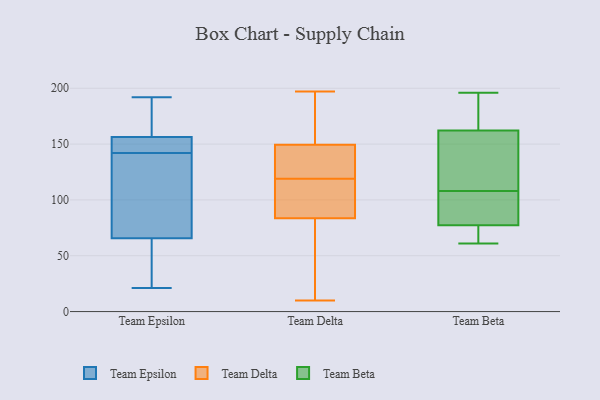
{"axis": {"x": "Satisfaction Score", "y": "Value"}, "legend": ["Team Beta", "Team Delta", "Team Epsilon"], "data": [{"x": "", "y": 191, "type": "Team Epsilon"}, {"x": "", "y": 150, "type": "Team Epsilon"}, {"x": "", "y": 175, "type": "Team Epsilon"}, {"x": "", "y": 154, "type": "Team Epsilon"}, {"x": "", "y": 142, "type": "Team Epsilon"}, {"x": "", "y": 62, "type": "Team Epsilon"}, {"x": "", "y": 142, "type": "Team Epsilon"}, {"x": "", "y": 157, "type": "Team Epsilon"}, {"x": "", "y": 60, "type": "Team Epsilon"}, {"x": "", "y": 21, "type": "Team Epsilon"}, {"x": "", "y": 77, "type": "Team Epsilon"}, {"x": "", "y": 89, "type": "Team Epsilon"}, {"x": "", "y": 139, "type": "Team Epsilon"}, {"x": "", "y": 21, "type": "Team Epsilon"}, {"x": "", "y": 192, "type": "Team Epsilon"}, {"x": "", "y": 20, "type": "Team Delta"}, {"x": "", "y": 10, "type": "Team Delta"}, {"x": "", "y": 188, "type": "Team Delta"}, {"x": "", "y": 113, "type": "Team Delta"}, {"x": "", "y": 119, "type": "Team Delta"}, {"x": "", "y": 197, "type": "Team Delta"}, {"x": "", "y": 125, "type": "Team Delta"}, {"x": "", "y": 113, "type": "Team Delta"}, {"x": "", "y": 146, "type": "Team Delta"}, {"x": "", "y": 119, "type": "Team Delta"}, {"x": "", "y": 80, "type": "Team Delta"}, {"x": "", "y": 168, "type": "Team Delta"}, {"x": "", "y": 164, "type": "Team Delta"}, {"x": "", "y": 151, "type": "Team Delta"}, {"x": "", "y": 87, "type": "Team Delta"}, {"x": "", "y": 17, "type": "Team Delta"}, {"x": "", "y": 99, "type": "Team Delta"}, {"x": "", "y": 44, "type": "Team Delta"}, {"x": "", "y": 148, "type": "Team Delta"}, {"x": "", "y": 145, "type": "Team Delta"}, {"x": "", "y": 154, "type": "Team Beta"}, {"x": "", "y": 108, "type": "Team Beta"}, {"x": "", "y": 145, "type": "Team Beta"}, {"x": "", "y": 69, "type": "Team Beta"}, {"x": "", "y": 62, "type": "Team Beta"}, {"x": "", "y": 61, "type": "Team Beta"}, {"x": "", "y": 66, "type": "Team Beta"}, {"x": "", "y": 80, "type": "Team Beta"}, {"x": "", "y": 186, "type": "Team Beta"}, {"x": "", "y": 196, "type": "Team Beta"}, {"x": "", "y": 111, "type": "Team Beta"}, {"x": "", "y": 95, "type": "Team Beta"}, {"x": "", "y": 83, "type": "Team Beta"}, {"x": "", "y": 183, "type": "Team Beta"}, {"x": "", "y": 169, "type": "Team Beta"}, {"x": "", "y": 99, "type": "Team Beta"}, {"x": "", "y": 160, "type": "Team Beta"}]}